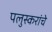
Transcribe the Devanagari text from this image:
पलुस्करांचे